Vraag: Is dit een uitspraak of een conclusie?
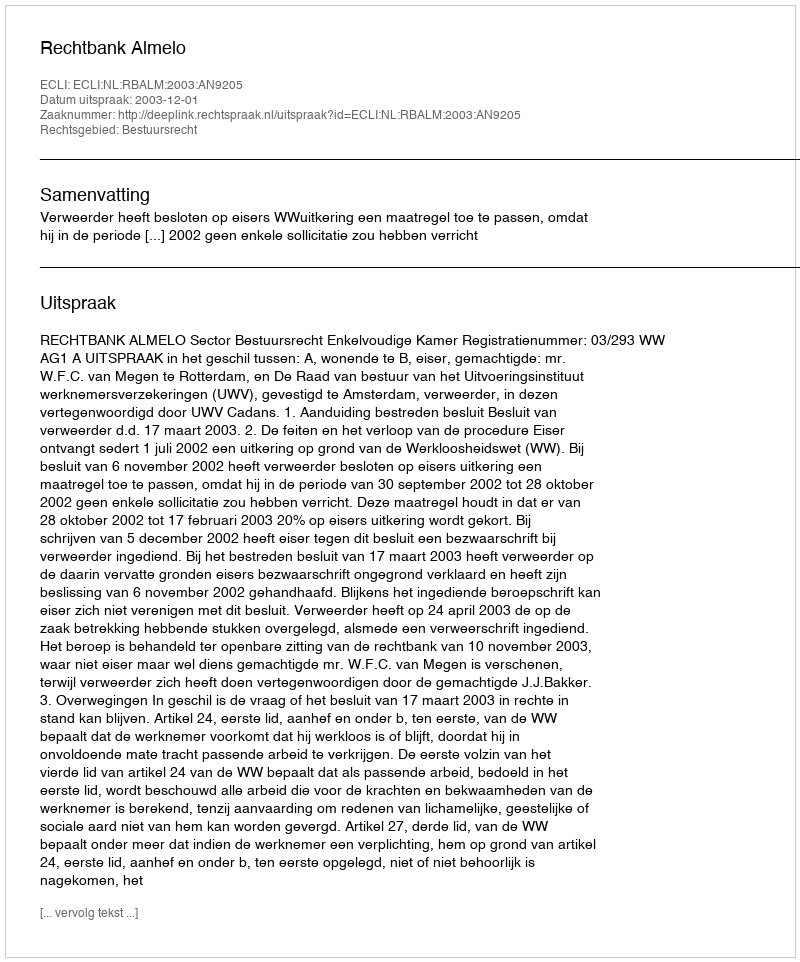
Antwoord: Uitspraak